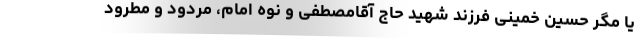
یا مگر حسین خمینی فرزند شهید حاج آقامصطفی و نوه امام، مردود و مطرود